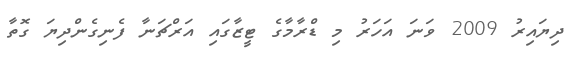
ދިޔައިރު 2009 ވަނަ އަހަރު މި ޑްރާމާގެ ޓީޒާގައި އަރްޗަނާ ފެނިގެންދިޔަ ގޮތާ